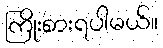
ကြိုးစားရပါမယ်။